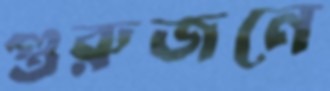
গুরুজনে